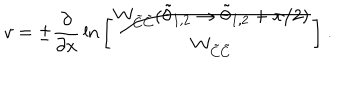
LaTeX: v = \pm { \frac { \partial } { \partial x } } \ln \bigg [ { \frac { W _ { \tilde { C } \tilde { C } } ( \tilde { \theta } _ { 1 , 2 } \rightarrow \tilde { \theta } _ { 1 , 2 } + \pi / 2 ) } { W _ { \tilde { C } \tilde { C } } } } \bigg ] ~ .